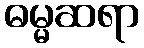
ဓမ္မဆရာ